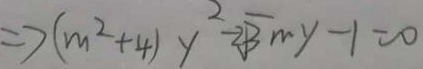
\Rightarrow ( m ^ { 2 } + 4 ) y ^ { 2 } - 2 \sqrt { 3 } m y - 1 = 0